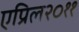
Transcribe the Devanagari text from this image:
एप्रिल२०११